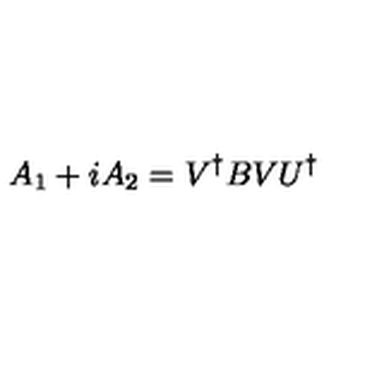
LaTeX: A _ { 1 } + i A _ { 2 } = V ^ { \dagger } B V U ^ { \dagger }